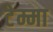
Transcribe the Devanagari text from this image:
टेम्मा